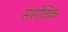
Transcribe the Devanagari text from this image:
संशोधिक